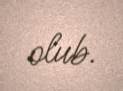
olub.